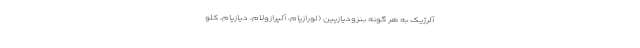
آلرژیک به هر گونه بنزودیازپین (لورازپام، آلپرازولام، دیازپام، کلو